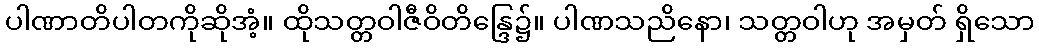
ပါဏာတိပါတကိုဆိုအံ့။ ထိုသတ္တဝါဇီဝိတိန္ဒြေ၌။ ပါဏသညိနော၊ သတ္တဝါဟု အမှတ် ရှိသော